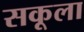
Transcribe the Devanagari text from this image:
सकूला